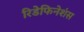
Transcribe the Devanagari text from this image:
रिडेफिनेशंस